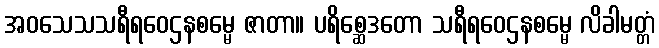
အဝသေသသရီရဝေဌနစမ္မေ ဇာတာ။ ပရိစ္ဆေဒတော သရီရဝေဌနစမ္မေ လိခါမတ္တံ